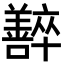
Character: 𡄰